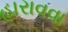
હારાવવા